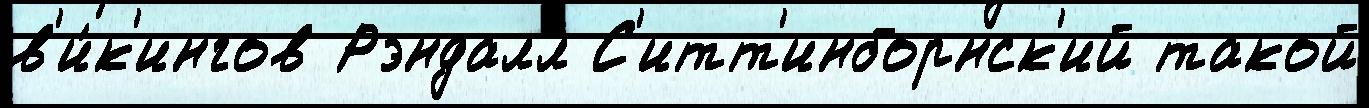
в'и́к'ингов Рэндалл С'итт'инборнск'ий такой